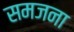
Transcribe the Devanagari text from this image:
समजना